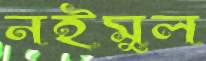
নইমুল